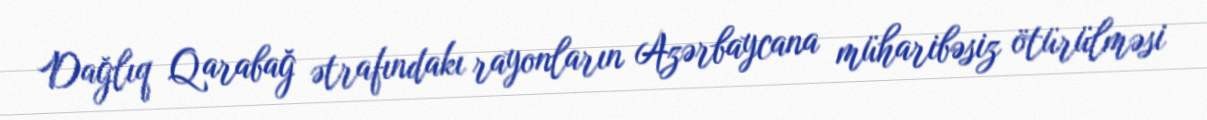
Dağlıq Qarabağ ətrafındakı rayonların Azərbaycana müharibəsiz ötürülməsi